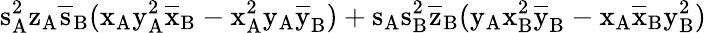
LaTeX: \mathrm{s_{A}^{2}\mathrm{z_{A}\mathrm{\overline{{s}}_{B}(\mathrm{x_{A}\mathrm{y_{A}^{2}\mathrm{\overline{{x}}_{B}-\mathrm{x_{A}^{2}\mathrm{y_{A}\mathrm{\overline{{y}}_{B})+\mathrm{s_{A}\mathrm{s_{B}^{2}\mathrm{\overline{{z}}_{B}(\mathrm{y_{A}\mathrm{x_{B}^{2}\mathrm{\overline{{y}}_{B}-\mathrm{x_{A}\mathrm{\overline{{x}}_{B}\mathrm{y_{B}^{2})}}}}}}}}}}}}}}}}}}